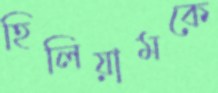
হিলিয়ামকে